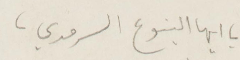
يا أيها الينبوع السرمدي